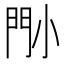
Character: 𡮉